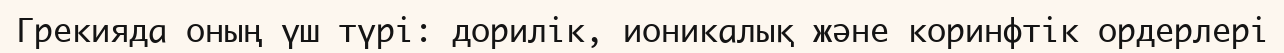
Грекияда оның үш түрі: дорилік, ионикалық және коринфтік ордерлері